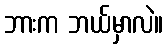
ဘားက ဘယ်မှာလဲ။